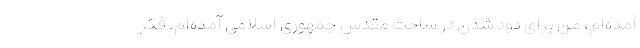
آمده‌ام، من برای دود شدن در ساحت مقدس جمهوری اسلامی آمده‌ام. فکر